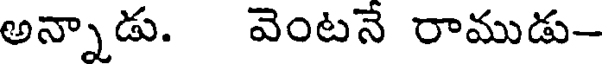
అన్నాడు. వెంటనే రాముడు-